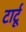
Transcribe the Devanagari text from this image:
टार्टू